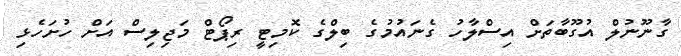
ގާނޫނުލް އުގޫބާތަށް އިސްލާހު ގެނައުމުގެ ބިލްގެ ކޮމިޓީ ރިޕޯޓް މަޖިލިސް އަށް ހުށަހެޅި